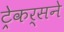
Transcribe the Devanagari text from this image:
ट्रेकर्सने